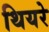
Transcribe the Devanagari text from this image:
थियरे